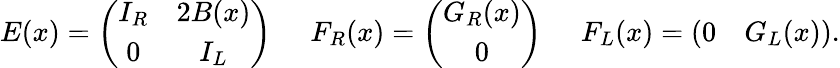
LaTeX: E(x)=\left(\begin{array}{cc}{{I_{R}}}&{{2B(x)}}\\ {{0}}&{{I_{L}}}\end{array}\right)\; \; \; \; \; F_{R}(x)=\left(\begin{array}{c}{{G_{R}(x)}}\\ {{0}}\end{array}\right)\; \; \; \; \; F_{L}(x)=\left(\begin{array}{cc}{{0}}&{{G_{L}(x)}}\end{array}\right).